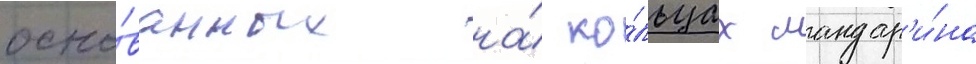
осно́ванных на́ ко́льцах мандар'и́на